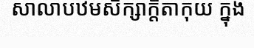
សាលាបឋមសិក្សាក្តីតាកុយ ក្នុង